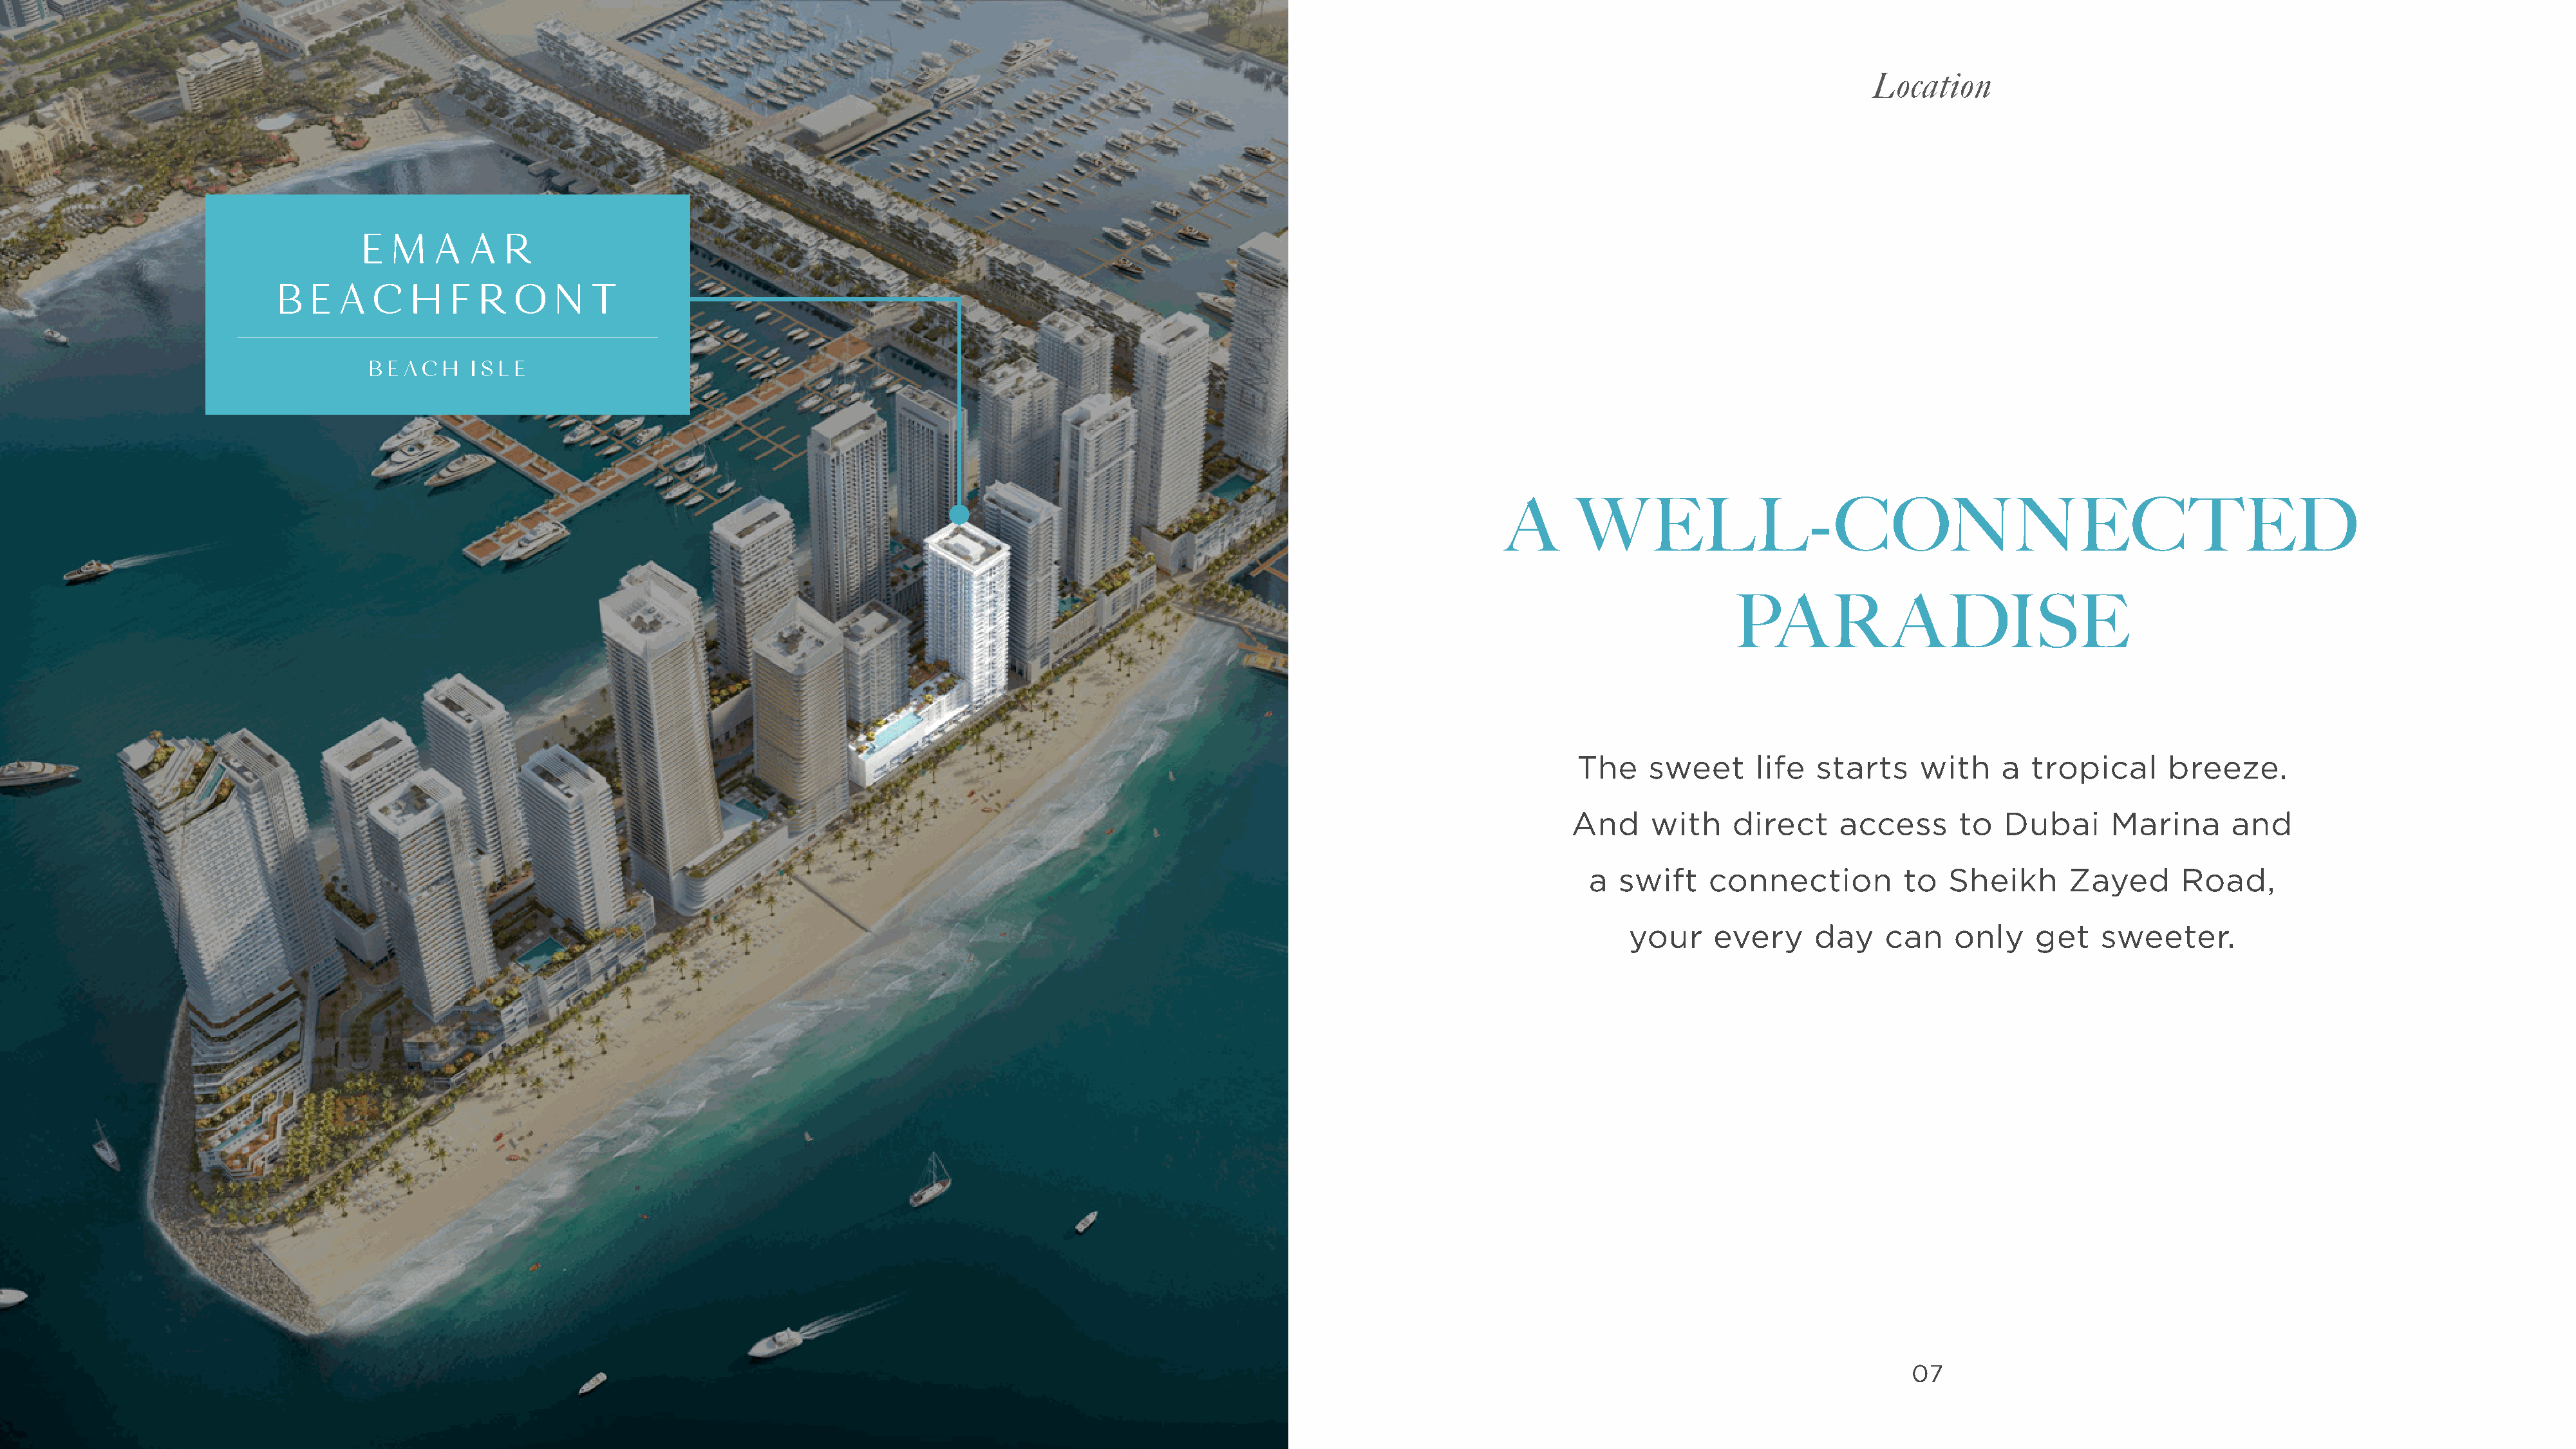
Location
 A      WELL-CONNECTED
 PAR              ADISE
 The    sweet      life   starts    with     a  tropical      breeze.
 And     with    direct     access      to   Dubai      Marina      and
 a  swift     connection          to  Sheikh       Zayed      Road,
 your     every      day    can    only    get    sweeter.
 07